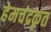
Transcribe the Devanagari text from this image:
हेमचंद्रकृत